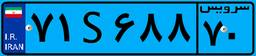
۹۶S۳۴۹۰۸